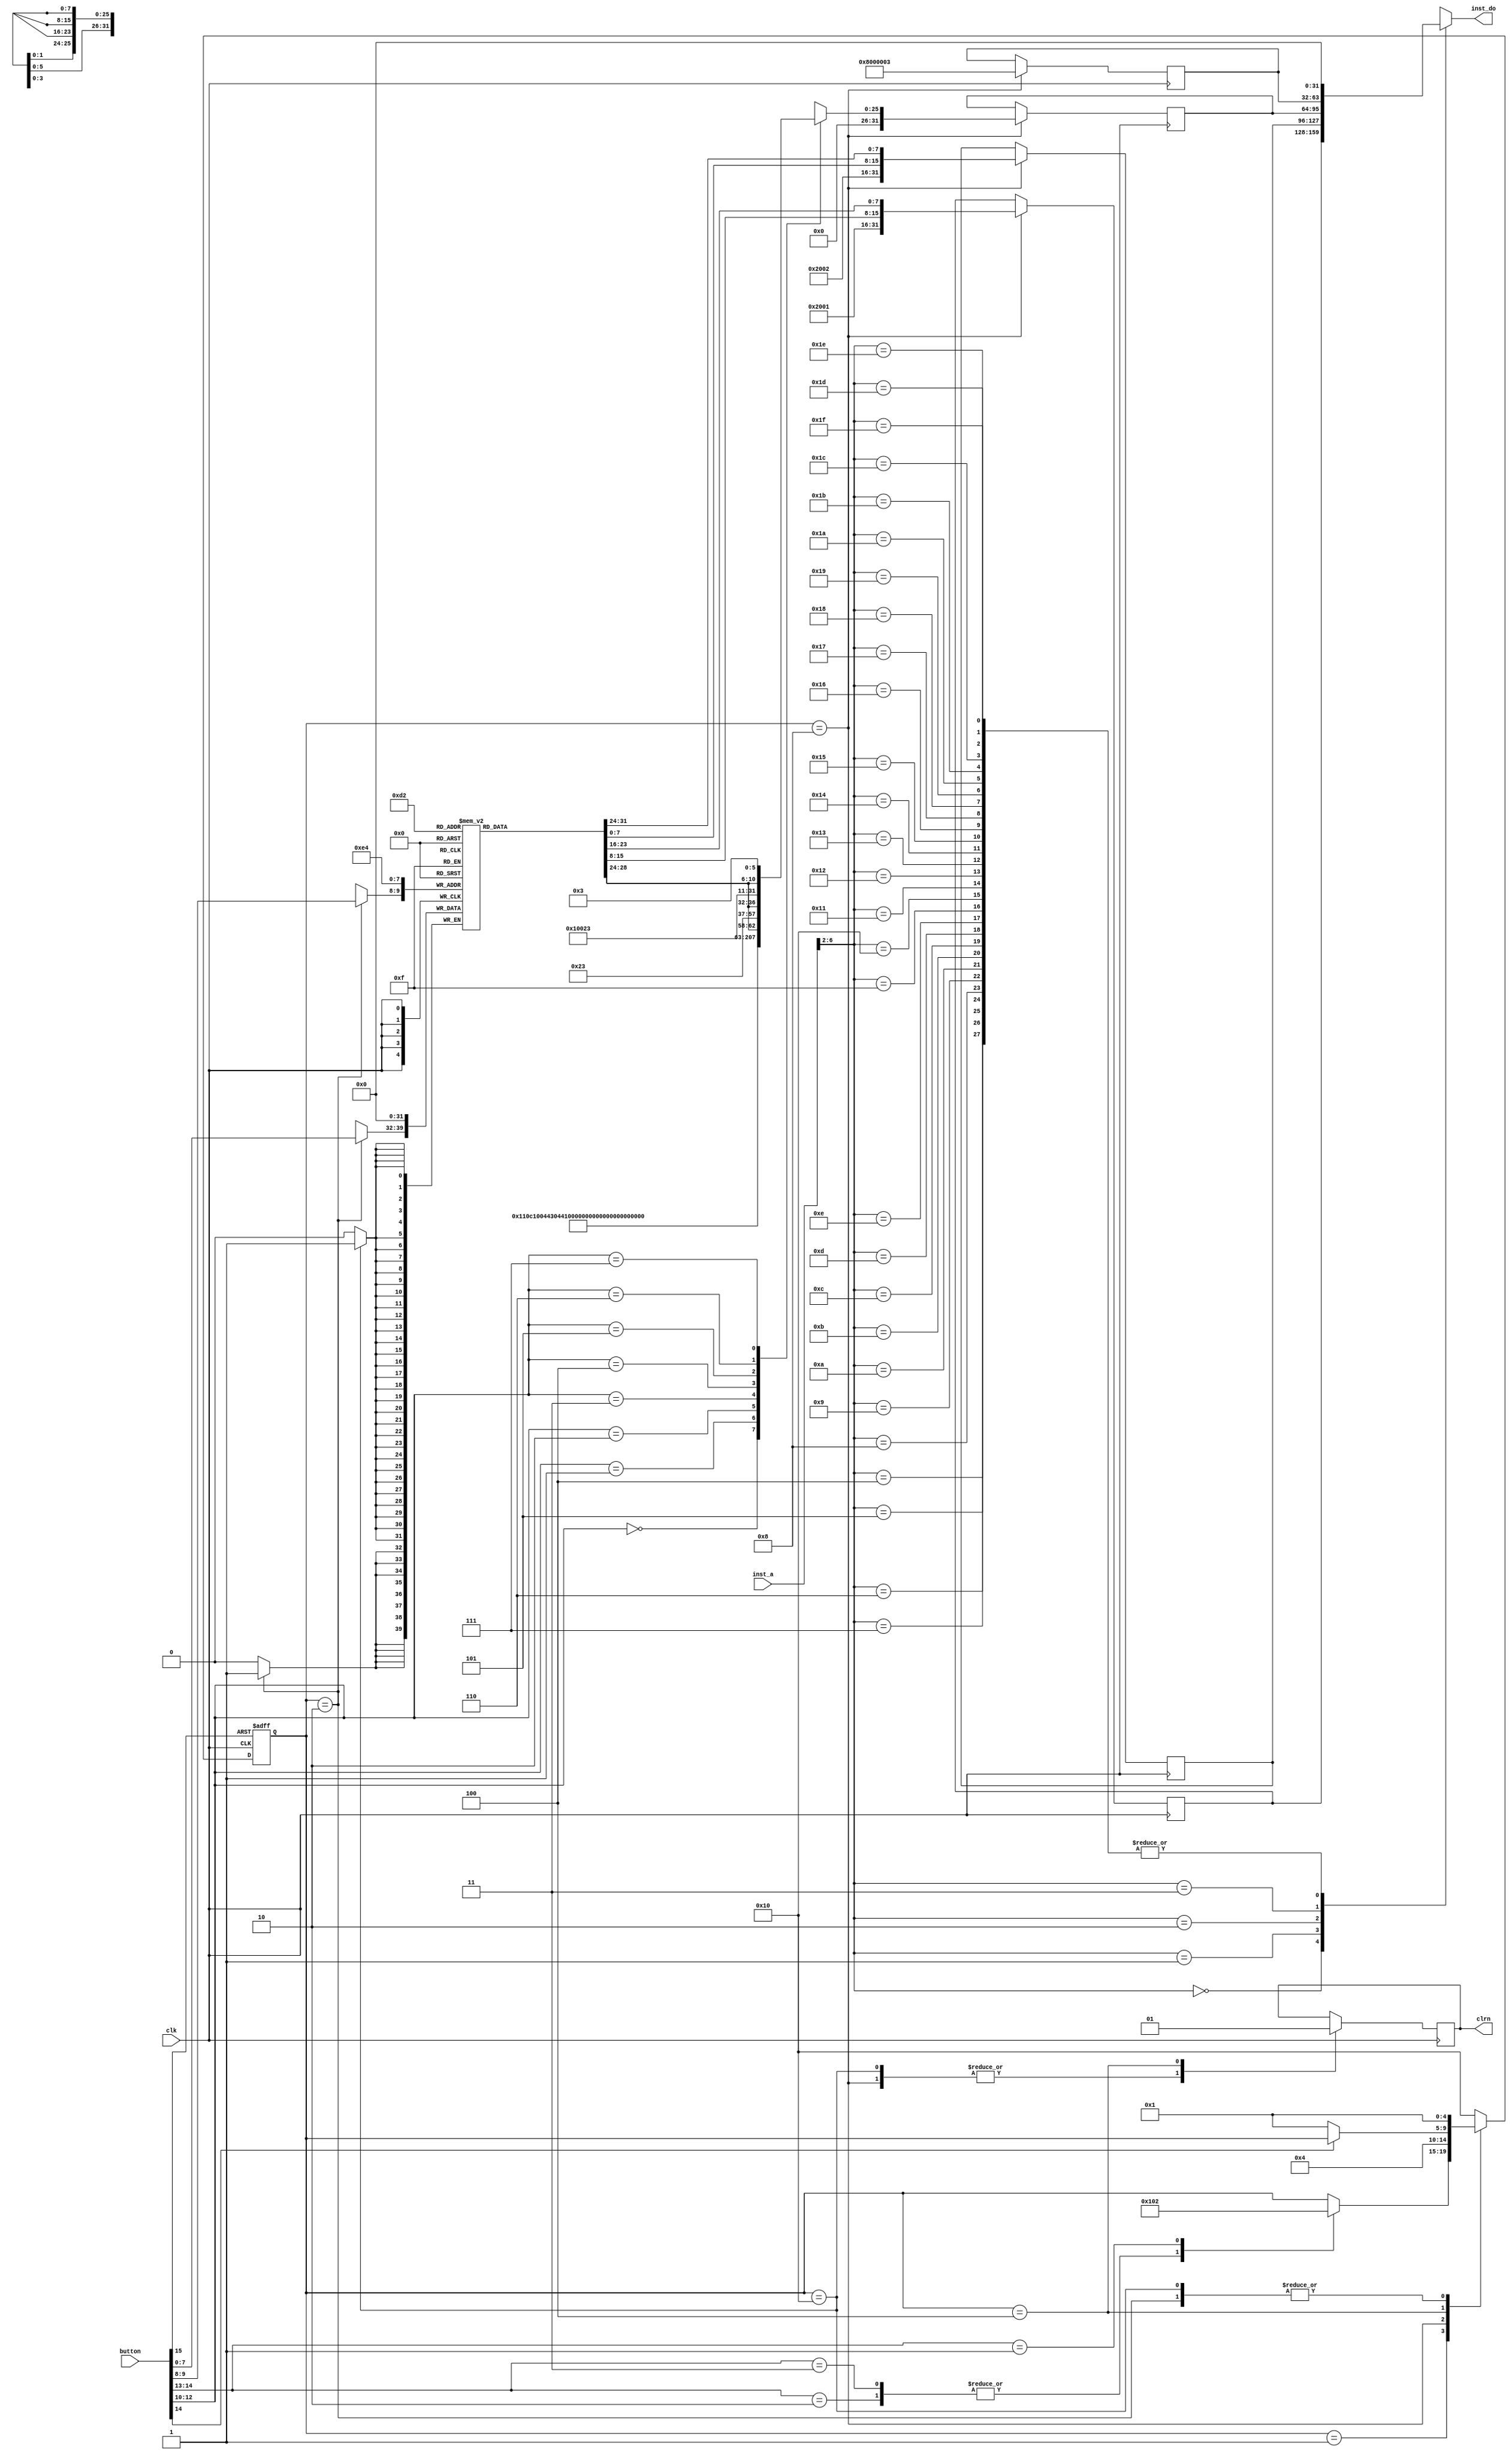
`timescale 1ns / 1ps
//////////////////////////////////////////////////////////////////////////////////
// Company: Xilinx
// 
// Design Name: KEY2INST
// Module Name: KEY2INST
// Project Name: MIPS_CPU
// Target Devices: 
// Tool Versions: 
// Description: 
// 
// Dependencies: 
// 
// Revision:
// Revision 0.01 - File Created
// Additional Comments:
// 
//////////////////////////////////////////////////////////////////////////////////


module KEY2INST(
	input clk,
	input[15:0] button,
	input[31:0] inst_a,
	output[31:0] inst_do,
	output clrn
    );

	//CMD
	parameter [2:0]
		cmd_add = 3'b000,
		cmd_sub = 3'b001,
		cmd_and = 3'b010,
		cmd_or = 3'b011,
		cmd_xor = 3'b100,
		cmd_sll = 3'b101,
		cmd_srl = 3'b110,
		cmd_sra = 3'b111;

	//Select
	parameter [1:0]
		sl_al = 2'b00,
		sl_ah = 2'b01,
		sl_bl = 2'b10,
		sl_bh = 2'b11;

	//State
	parameter [4:0]
		st_idle = 5'b00001,
		st_load = 5'b00010,
		st_run = 5'b00100,
		st_wrom = 5'b01000,
		st_reset = 5'b10000;

	//func
	parameter [5:0]
	func_add = 6'b100000,
	func_sub = 6'b100010,
	func_and = 6'b100100,
	func_or = 6'b100101,
	func_xor = 6'b100110,
	func_sll = 6'b000000,
	func_srl = 6'b000010,
	func_sra = 6'b000011;

	reg[31:0] inst_rom[31:0];
	wire rst_n;
	wire run;
	wire load;
	wire[2:0] cmd;
	wire[1:0] select;
	wire[7:0] data;
	reg[4:0] st;
	reg r_clrn;

	//ah,al,bh,bl
	reg[7:0] data_now[3:0];
	reg[25:0] cmd_do;

	assign rst_n = button[15];
	assign run = button[14];
	assign load = button[13];
	assign cmd = button[12:10];
	assign select = button[9:8];
	assign data = button[7:0];

	assign clrn = r_clrn;
	assign inst_do = inst_rom[inst_a[6:2]];

	integer i;
	initial begin
		st <= st_idle;
		for(i=0;i<4;i=i+1)
			data_now[i] <= 8'b0;
		for(i=0;i<32;i=i+1)
			inst_rom[i] <= 32'b0;
	end

	//Cmd_do
	always @(*) begin 
		case (cmd)
			cmd_add : cmd_do <= {5'b00001,5'b00010,5'b00011,5'b0,func_add};
			cmd_sub : cmd_do <= {5'b00001,5'b00010,5'b00011,5'b0,func_sub};
			cmd_and : cmd_do <= {5'b00001,5'b00010,5'b00011,5'b0,func_and};
			cmd_or : cmd_do <= {5'b00001,5'b00010,5'b00011,5'b0,func_or};
			cmd_xor : cmd_do <= {5'b00001,5'b00010,5'b00011,5'b0,func_xor};
			cmd_sll : cmd_do <= {5'b0,5'b00001,5'b00011,data_now[3][4:0],func_sll};
			cmd_srl : cmd_do <= {5'b0,5'b00001,5'b00011,data_now[3][4:0],func_srl};
			cmd_sra : cmd_do <= {5'b0,5'b00001,5'b00011,data_now[3][4:0],func_sra};
			default : cmd_do <= 26'b0;
		endcase
	
	end

	//State machine
	always @(posedge clk or negedge rst_n) begin
		if(~rst_n) st <= st_reset;
		else begin
			case (st)
				st_idle : begin 
					case ({run,load})
						//2'b1x : st <= st_wrom;
						2'b10 : st <= st_wrom;
						2'b11 : st <= st_wrom;
						2'b01 : st <= st_load;
						default : st <= st;
					endcase
				end
				st_wrom : st <= st_run;
				st_run : st <= run ? st : st_idle;
				st_reset : st <= st_idle;
				st_load : st <= st_idle;
				default : st <= st_reset;
			endcase
		end
	end

	//Work
	always @(posedge clk) begin
		case (st)
			st_reset : begin
				r_clrn <= 1'b0;
				for(i=0;i<4;i=i+1)
					data_now[i] <= 8'b0;
			end
			st_load : data_now[select] <= data;
			st_wrom : begin 
				//Clear all regs, set pc to 0;
				r_clrn <= 1'b0;
				//r1 = r0(0) + a;
				inst_rom[0] <= {6'b001000,5'b00000,5'b00001,data_now[0],data_now[1]};
				//r2 = r0(0) + b;
				inst_rom[1] <= {6'b001000,5'b00000,5'b00010,data_now[2],data_now[3]};
				//r3 = r1 (cmd) r2;
				inst_rom[2] <= {6'b0,cmd_do};
				//loop(j 26'd4)
				inst_rom[3] <= {6'b000010,26'd3};
			end
			st_run : r_clrn <= 1'b1;
			default : /* default */;
		endcase
	end

endmodule